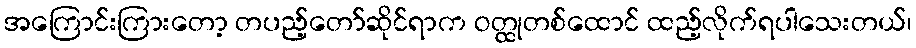
အကြောင်းကြားတော့ တပည့်တော်ဆိုင်ရာက ဝတ္ထုတစ်ထောင် ထည့်လိုက်ရပါသေးတယ်၊